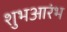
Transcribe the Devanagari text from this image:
शुभआरंभ